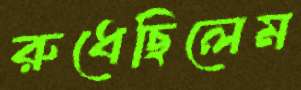
রুধেছিলেম